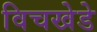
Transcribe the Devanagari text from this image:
विचखेडे